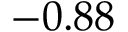
- 0 . 8 8